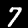
Label: 7